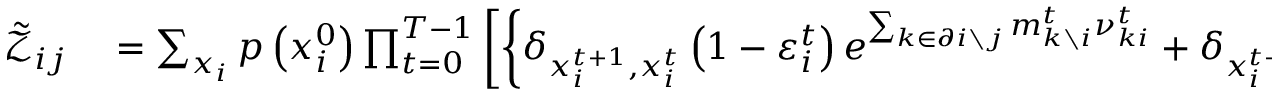
\begin{array} { r l } { \tilde { \mathcal { Z } } _ { i j } } & { { } = \sum _ { \boldsymbol { x } _ { i } } p \left( x _ { i } ^ { 0 } \right) \prod _ { t = 0 } ^ { T - 1 } \left[ \left\{ \delta _ { x _ { i } ^ { t + 1 } , x _ { i } ^ { t } } \left( 1 - \varepsilon _ { i } ^ { t } \right) e ^ { \sum _ { k \in \partial i \setminus j } m _ { k \setminus i } ^ { t } \nu _ { k i } ^ { t } } + \delta _ { x _ { i } ^ { t + 1 } , 1 } \left[ 1 - \left( 1 - \varepsilon _ { i } ^ { t } \right) e ^ { \sum _ { k \in \partial i \setminus j } m _ { k \setminus i } ^ { t } \nu _ { k i } ^ { t } } \right] \right\} \right. } \end{array}